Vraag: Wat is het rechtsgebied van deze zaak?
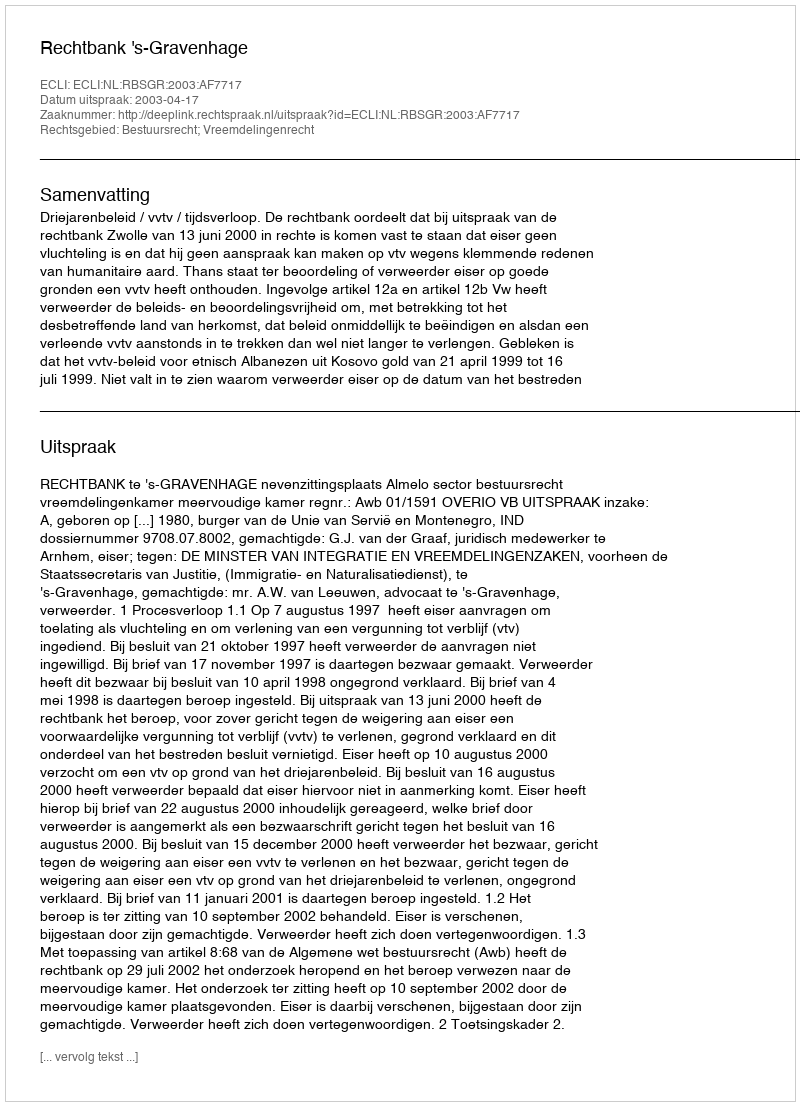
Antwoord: Bestuursrecht; Vreemdelingenrecht